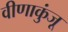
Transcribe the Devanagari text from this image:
वीणाकुंजू